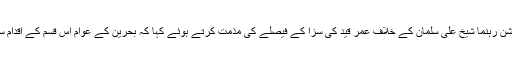
انہوں نے بحرین کے اپوزیشن رہنما شیخ علی سلمان کے خلاف عمر قید کی سزا کے فیصلے کی مذمت کرتے ہوئے کہا کہ بحرین کے عوام اس قسم کے اقدام سے گھٹنے نہیں ٹیکیں گے۔